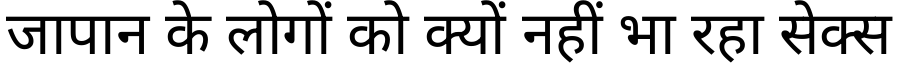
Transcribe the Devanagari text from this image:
जापान के लोगों को क्यों नहीं भा रहा सेक्स